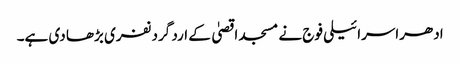
ادھراسرائیلی فوج نے مسجد اقصیٰ کے ارد گرد نفری بڑھا دی ہے۔